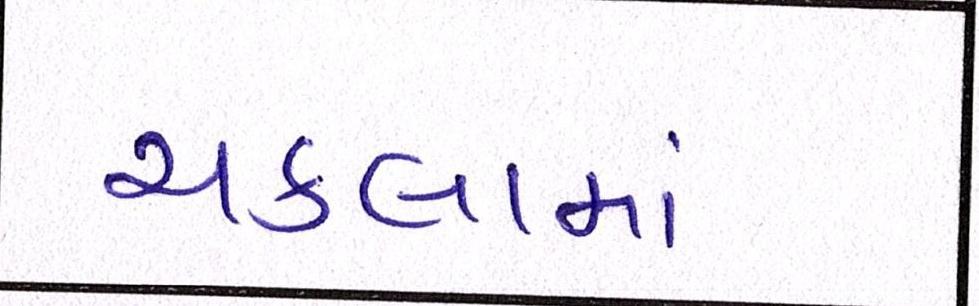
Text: ચકલામાં